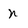
Character: n